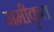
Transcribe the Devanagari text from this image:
ममीकृत